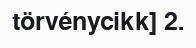
törvénycikk] 2.